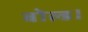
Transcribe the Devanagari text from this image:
बोल्ड।